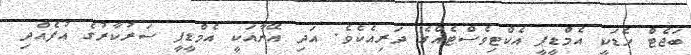
ބަޖެޓް ހެޑަކީ އެމްޑީޕީ އެކްޓިވެސްޓެއްގެ ދަރިއެކެވެ. އަދި އޭނާއަކީ އެމްޑީޕީ ސަރުކާރުގެ އުފެއްދި